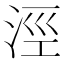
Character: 涇